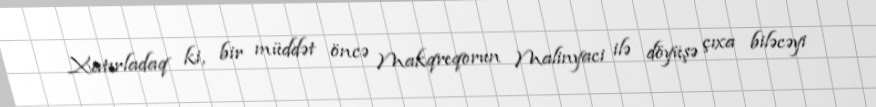
Xatırladaq ki, bir müddət öncə Makqreqorun Malinyaci ilə döyüşə çıxa biləcəyi